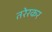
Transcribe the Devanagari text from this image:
तरेरकर